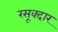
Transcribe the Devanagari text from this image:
रसूक्दार